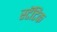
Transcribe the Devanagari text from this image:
स्टॅटिक